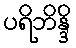
ပရိဘိန္ဒိ